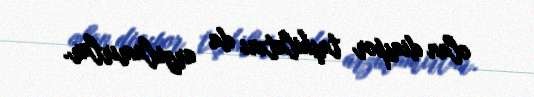
olan diaspor təşkilatını da arzulamırlar.